Report on vaccination in Madras 1904-1921 - 1904-1921
Year: 1904
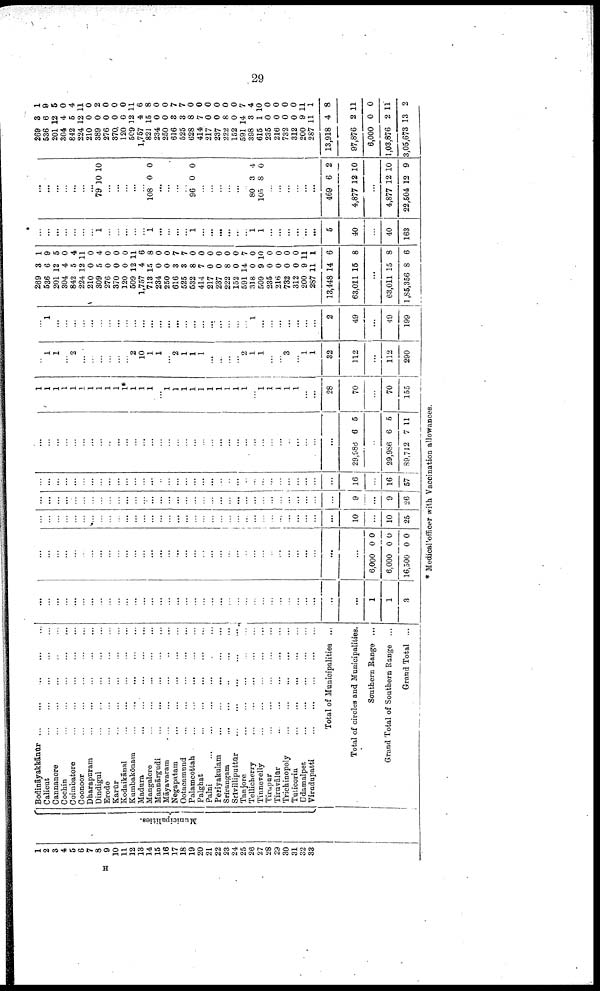
29
1
2
3
4
5
6
7
8
9
10
11
12
18
14
15
16
17
18
19
20 21
22
23
24
25
26
27
28
29
30
31
32
33
Municipalities.
Bodināyakkānūr... ... ... ... ...
Calicut...
...
...
...
...
Cannanore... ... ... ...
Cochin... ... ... ...
Coimbatore...
...
...
...
...
Coonoor...
...
...
...
...
Dharapnram... ... ... ... ...
Dindigul... ... ... ... ...
Erode...
...
...
...
...
Karūr... ... ... ... ...
Kodaikānal...
...
...
...
...
Kumbakōnam... ... ... ... ...
Madura
...
...
...
...
...
Mangalore...
...
...
...
...
Mannārgudi...
...
...
...
...
Māyavaram...
...
...
...
...
Negapatam...
...
...
...
...
Ootacamund...
...
...
...
...
Palamcottah... ... ... ... ...
Palghat...
...
...
...
...
Palni...
...
...
...
...
Periyakulam...
...
...
...
...
Srirangam...
...
...
...
...
Srivilliputtūr... ...
...
...
...
Tanjore...
...
...
...
...
Tellicherry...
...
...
...
...
Tinnevelly...
...
...
...
...
Tirupur...
...
...
...
...
Tiruvālūr... ... ... ... ...
Trichinopoly...
...
...
...
Tuticorin...
...
...
...
...
Udamalper...
...
...
...
...
Viradupatti...
...
...
...
...
Total of Municipalities ...
Total of circles and Municipalities.
Southern Range ...
Grand Total of Southern Range ...
Grand Total ...
...
...
...
...
...
...
...
...
...
...
...
...
...
...
...
...
...
...
...
...
...
...
...
...
...
...
...
...
...
...
...
...
...
...
...
1
1
3
...
...
...
...
...
...
...
...
...
...
...
...
...
...
...
...
...
...
...
...
...
...
...
...
...
...
...
...
...
...
...
...
...
...
...
6,000
6,000
16,500
0
0
0
0
0
0
...
...
...
...
...
...
...
...
...
...
...
...
...
...
...
...
...
...
...
...
...
...
...
...
...
...
...
...
...
...
...
...
...
...
10
...
10
26
...
...
...
...
...
...
...
...
...
...
...
...
...
...
...
...
...
...
...
...
...
...
...
...
...
...
...
...
...
...
...
...
...
...
9
...
9
26
...
...
...
...
...
...
...
...
...
...
...
...
...
...
...
...
...
...
...
...
...
...
...
...
...
...
...
...
...
...
...
...
...
...
16
...
16
57
...
...
...
...
...
...
...
...
...
...
...
...
...
...
...
...
...
...
...
...
...
...
...
...
...
...
...
...
...
...
...
...
...
...
29,988 6 5
...
29,986
89,712
6
7
5
11
1
1
1
1
1
1
1
1
1
1
1*
1
1
1
...
1
1
1
1
1
1
1
1
1
1
...
1
1
...
1
...
...
...
28
70
...
70
155
...
1
1
...
2
...
...
...
...
...
...
2
10
1
1
...
2
1
1
1
...
...
...
...
2
1
1
...
...
3
...
1
1
32
112
...
112
290
...
1
...
...
...
...
...
...
...
...
...
...
...
...
...
...
...
...
...
...
...
...
...
...
...
1
...
...
...
...
...
...
...
2
49
...
49
199
269
536
201
304
842
224
210
309
276
370
120
509
1,757
713
234
250
616
525
532
414
217
237
222
152
591
318
509
235
216
732
312
200
287
13,448
63,011
3
6
12
4
5
12
0
5
0
0
0
12
4
15
0
0
3
3
8
7
0
0
8
0
14
0
9
0
0
0
0
9
11
14
15
1
9
5
0
4
11
0
4
0
0
0
11
6
8
0
0
7
7
0
0
0
0
0
0
7
0
10
0
0
0
0
11
1
6
8
...
63,011
1,85,356
15
8
8
6
...
...
...
...
...
...
...
1
...
...
...
...
...
1
...
...
...
...
1
...
...
...
...
...
...
1
1
...
...
...
...
...
...
5
40
...
40
163
...
...
...
...
...
...
...
79 10 10
...
...
...
...
...
108 0 0
...
...
...
...
96 0 0
...
...
...
...
...
...
80
105
3
8
4
0
...
...
...
...
...
...
469
4,877
6
12
2
10
...
4,877
22,504
12
12
10
9
269
536
201
304
842
224
210
389
276
370
120
509
1,757
821
234
250
616
525
628
414
217
237
222
152
591
398
615
235
216
732
312
200
287
13,918
97,876
6,000
1,03,876
3,05,673
3
6
12
4
5
12
0
0
0
0
0
12
4
15
0
0
3
3
8
7
0
0
8
0
14
3
1
0
0
0
0
9
11
4
2
0
2
13
1
9
5
0
4
11
0
2
0
0
0
11
6
8
0
0
7
7
0
0
0
0
0
0
7
4
10
0
0
0
0
11
1
8
11
0
11
2
* Medical officer with Vaccination allowances.
H